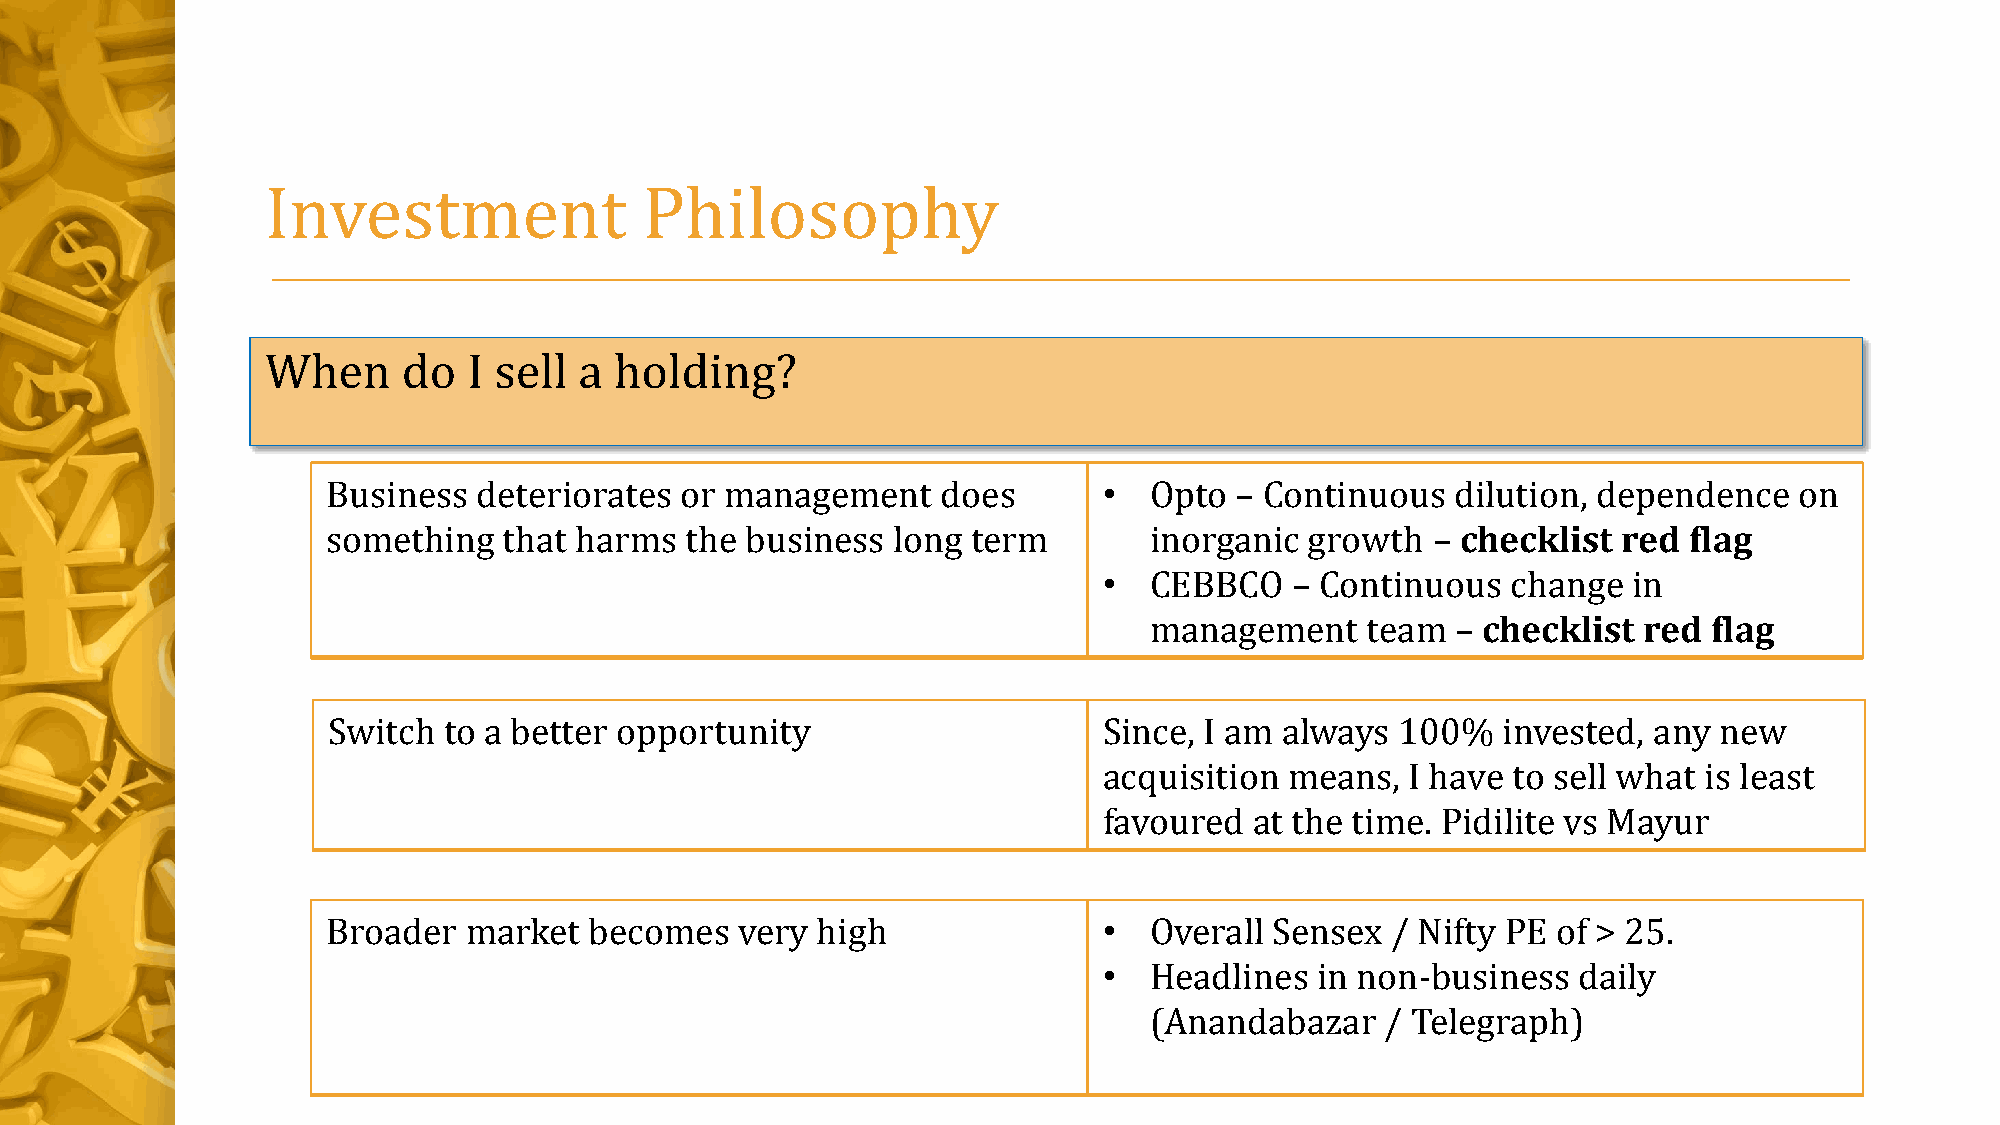
Investment               Philosophy
 When     do  I sell a  holding?
 Business  deteriorates or management    does       •  Opto  – Continuous  dilution, dependence   on
 something  that harms  the business  long term        inorganic  growth  – checklist red  flag
 •  CEBBCO    – Continuous  change  in
 management    team  – checklist  red flag
 Switch to a better opportunity                     Since, I am always  100%  invested, any  new
 acquisition means,  I have to sell what is least
 favoured  at the time. Pidilite vs Mayur
 Broader  market  becomes   very high               •  Overall Sensex  / Nifty PE of > 25.
 •  Headlines  in non-business  daily
 (Anandabazar    / Telegraph)